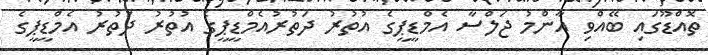
ތޮއްޑޫގައި ބޭއްވި އާންމު ޖަލްސާ އެމްޑީޕީގެ އުތުރު ދަތުރުއެމްޑީޕީގެ އުތުރު ދަތުރު އެމްޑީޕީގެ